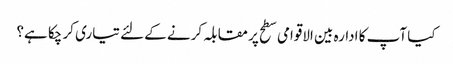
کیا آپ کا ادارہ بین الاقوامی سطح پر مقابلہ کرنے کے لئے تیاری کر چکا ہے؟